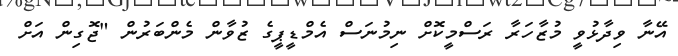
އޭނާ ވިދާޅުވީ މުޒާހަރާ ރަސްމީކޮށް ނިމުނަސް އެމްޑީޕީގެ ޒުވާން މެންބަރުން "ޖޮގިން އަށް